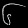
Digit: ၆